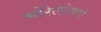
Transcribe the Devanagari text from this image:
मोरेलोसचे